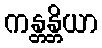
ကန္တန္တိယာ